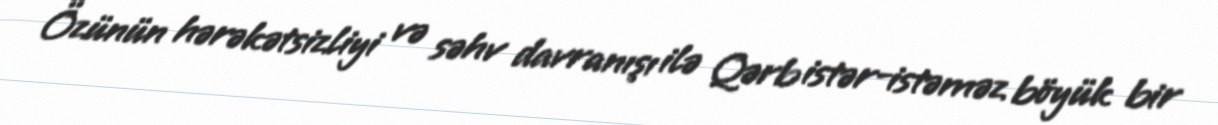
Özünün hərəkətsizliyi və səhv davranışı ilə Qərb istər-istəməz böyük bir